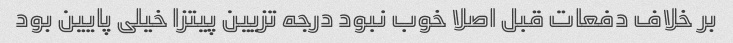
بر خلاف دفعات قبل اصلا خوب نبود درجه تزیین پیتزا خیلی پایین بود